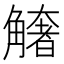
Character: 𧤺